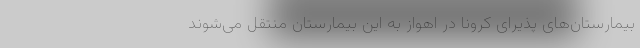
بیمارستان‌های پذیرای کرونا در اهواز به این بیمارستان منتقل می‌شوند